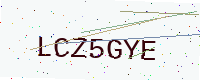
Text: LCZ5GYE